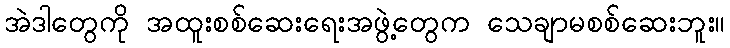
အဲဒါတွေကို အထူးစစ်ဆေးရေးအဖွဲ့တွေက သေချာမစစ်ဆေးဘူး။